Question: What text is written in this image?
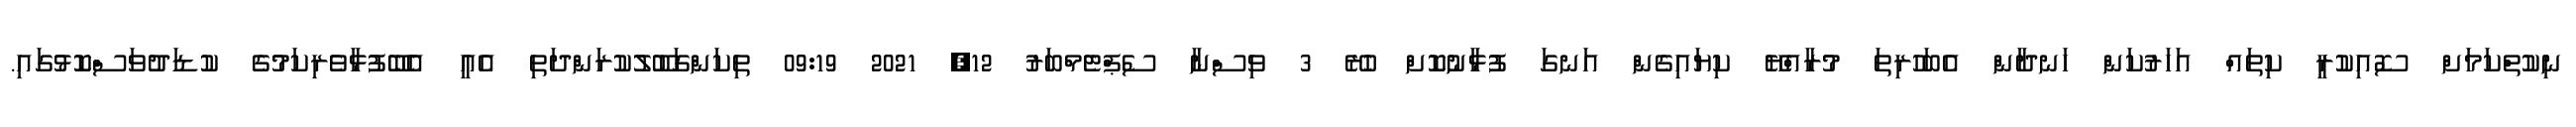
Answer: ނިކުތްކަމަށް ސޮއިކުރީ ކިތައް އަހަރުކަން ހަނދާން އެބަހުރިތަ މުރާއްޔޭ ކިޔައިގެން އަނގަ ފުޅާނުކޮށް ހުރޭ 3 ވިސްނާ ސެޕްޓެމްބަރު 12, 2021 09:19 ތިކަންގަބޫލުކުރަންދަތި އެއީ އެބޭފުޅާވެރިކަމުގެ ކުޑަދުވަސްކޮޅުގައި.